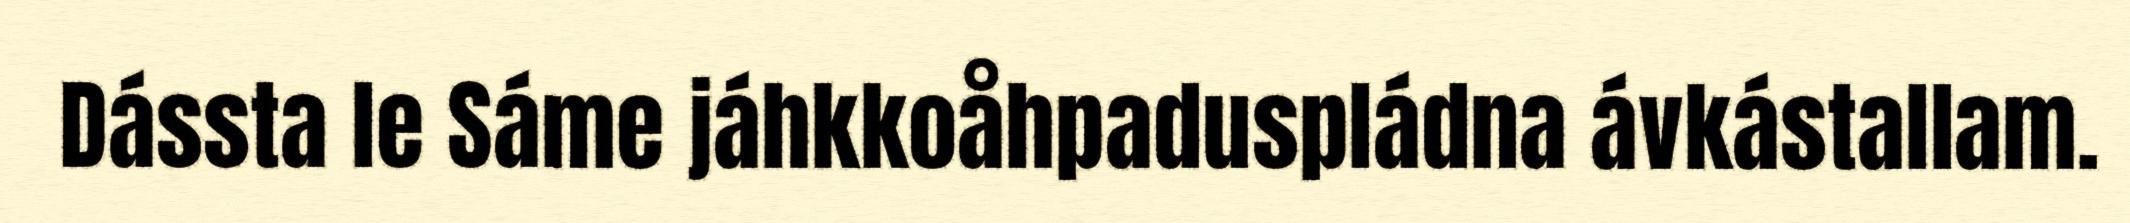
Dássta le Sáme jáhkkoåhpaduspládna ávkástallam.